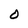
Character: O